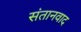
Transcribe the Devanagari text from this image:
संतानवाद